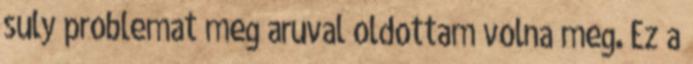
suly problemat meg aruval oldottam volna meg. Ez a